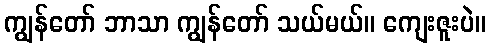
ကျွန်တော် ဘာသာ ကျွန်တော် သယ်မယ်။ ကျေးဇူးပဲ။